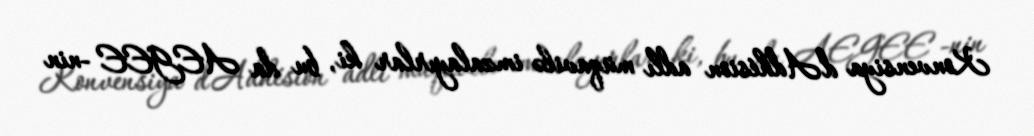
Konvensiya d'Adhésion adlı müqavilə imzalayırlar ki, bu da AEGEE -nin